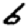
Digit: 6